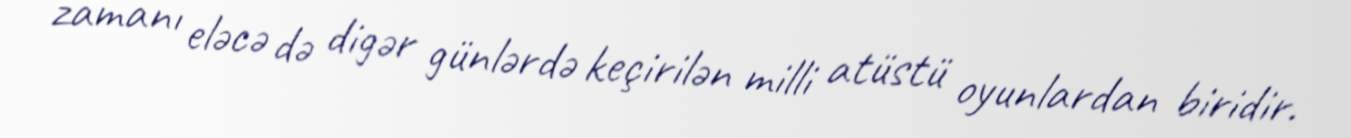
zamanı eləcə də digər günlərdə keçirilən milli atüstü oyunlardan biridir.